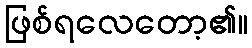
ဖြစ်ရလေတော့၏။